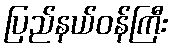
ပြည်နယ်ဝန်ကြီး